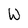
Character: W